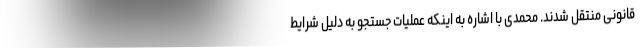
قانونی منتقل شدند. محمدی با اشاره به اینکه عملیات جستجو به دلیل شرایط